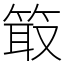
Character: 箃